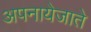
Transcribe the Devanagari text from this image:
अपनायेजाते